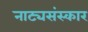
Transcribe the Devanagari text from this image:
नाट्यसंस्कार